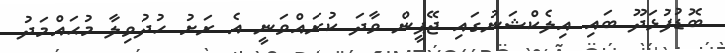
ބޮޑުފުޅަދޫ ބައި އިލެކްޝަނުގައި ޖޭޕީން ވާދަ ކުރައްވަނީ އެ ރަށު ހުދުވިލާ މުޙައްމަދު